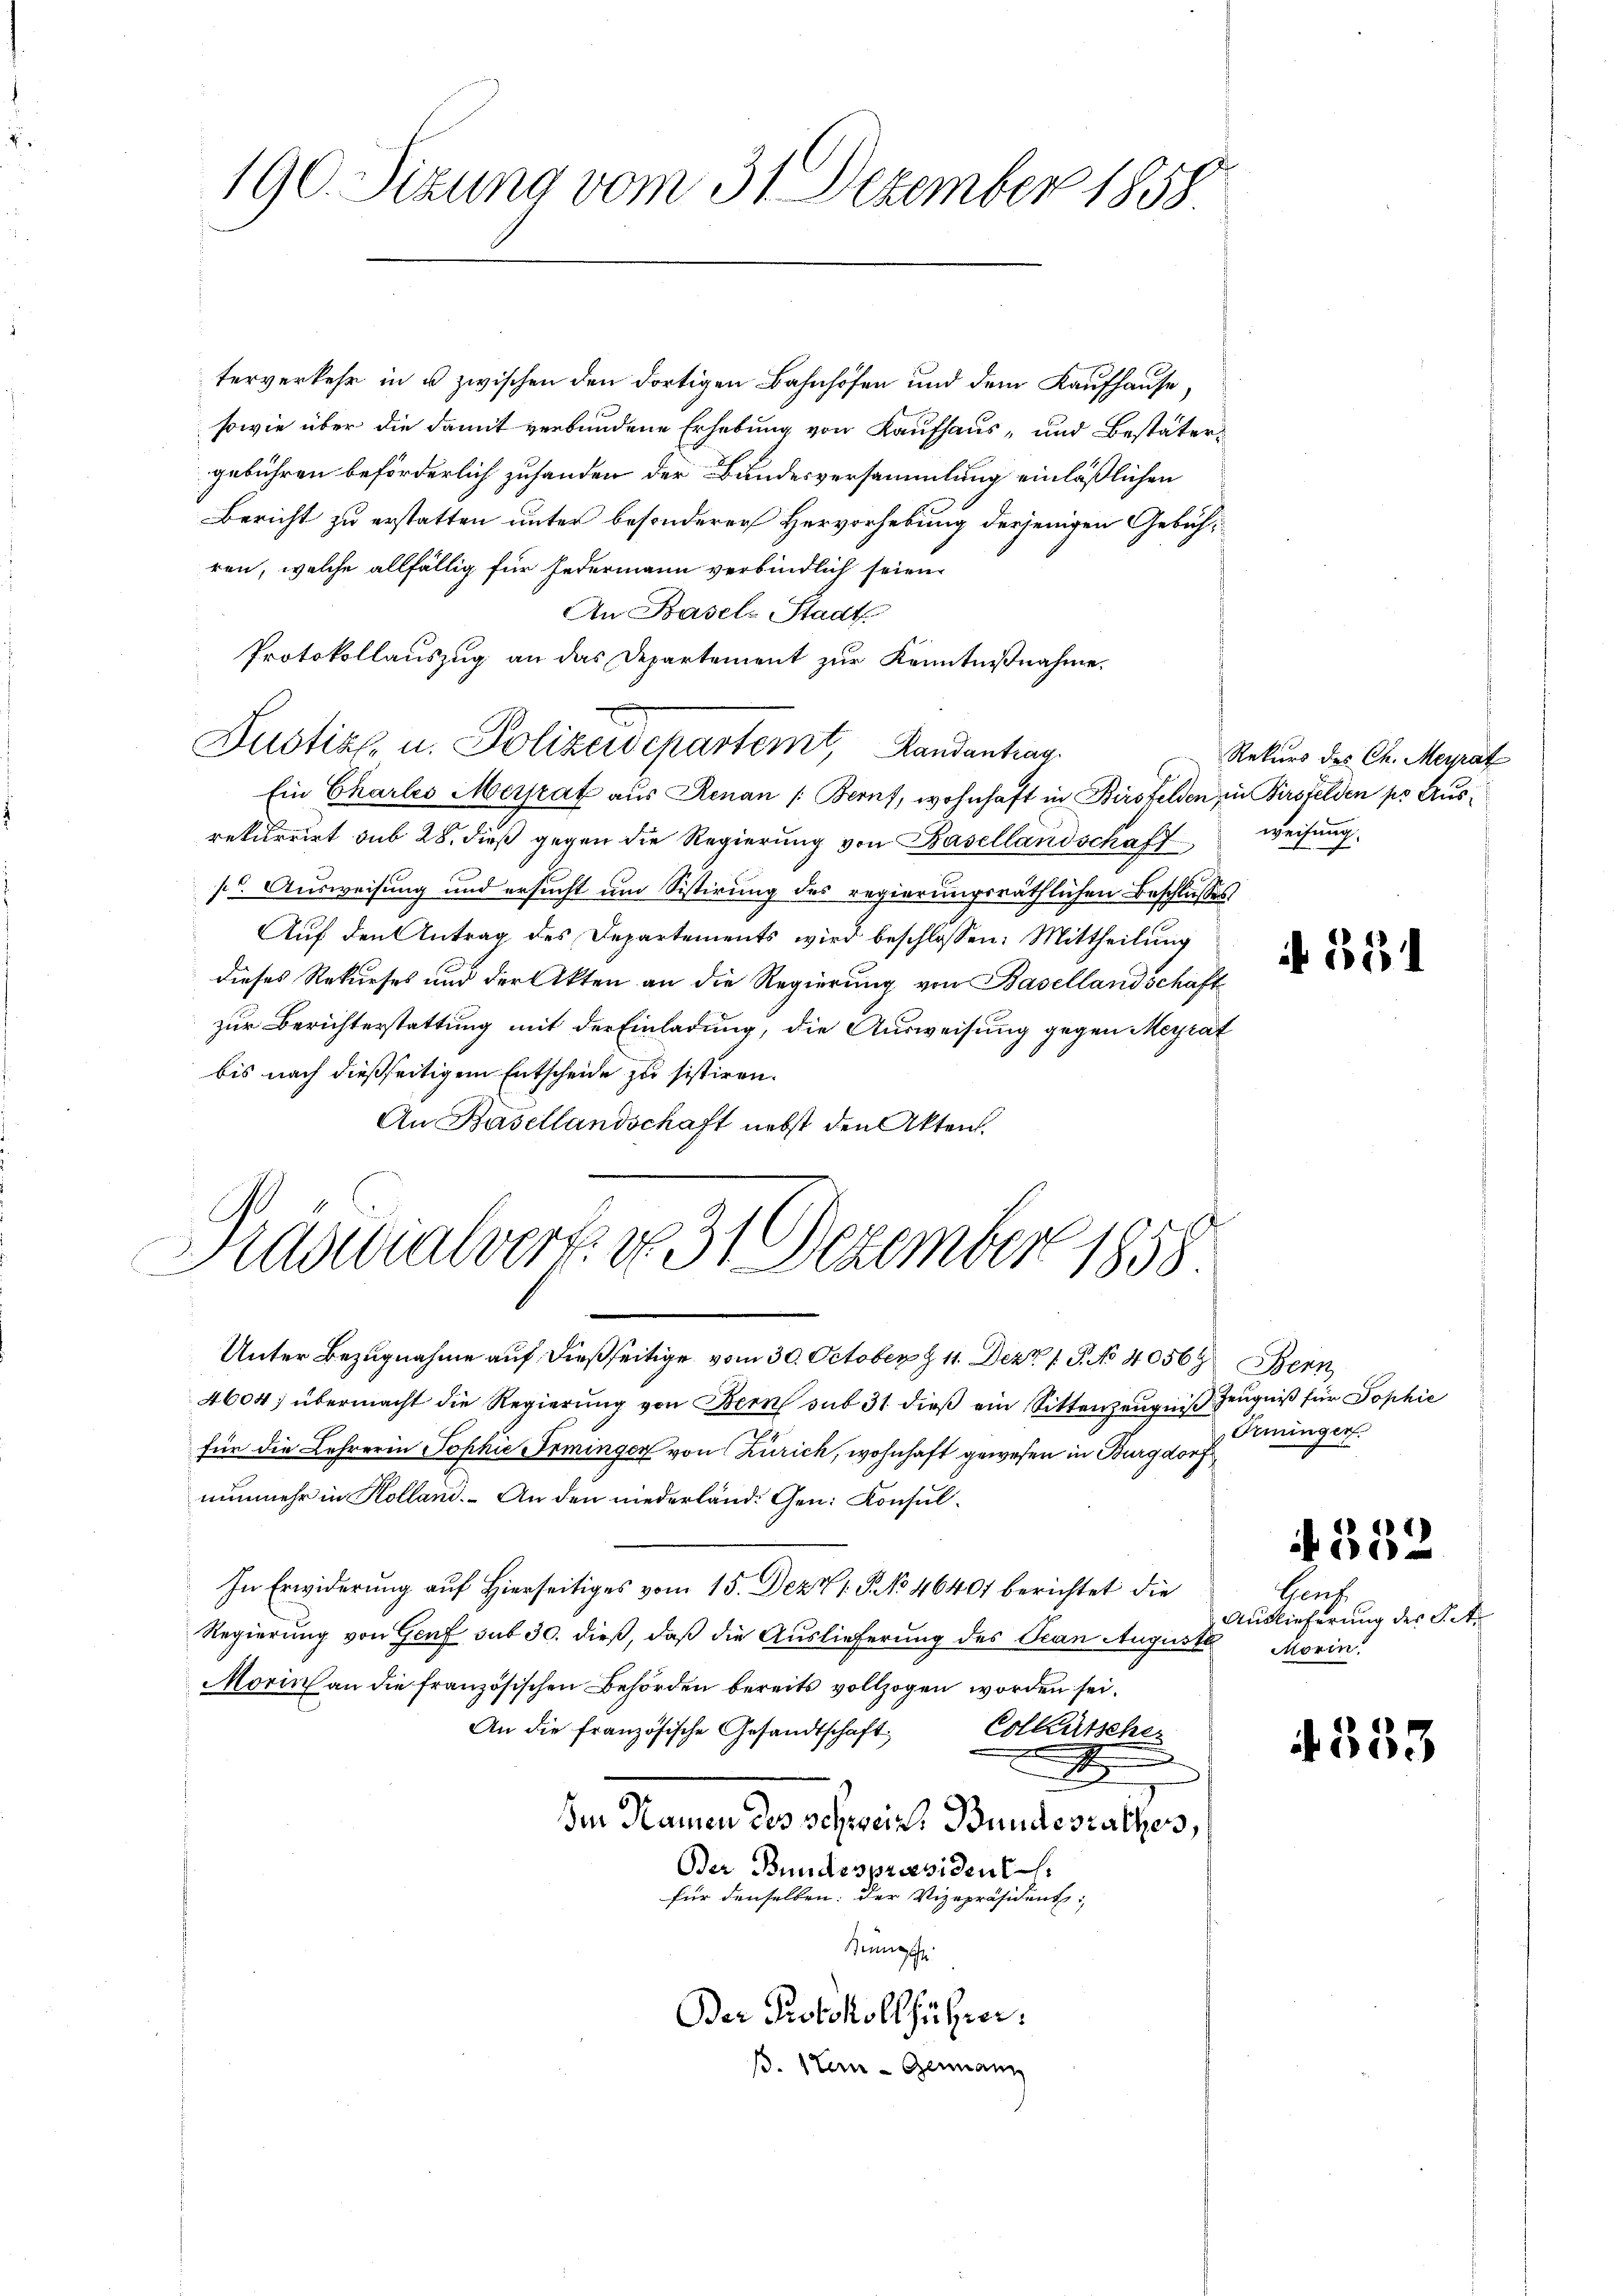
190. Sizung vom 31. Dezember 1858.

terverkehr in u zwischen den dortigen Bahnhöfen und dem Kaufhause,
sowie über die damit verbundene Erhebung von Kaufhaus- und Bestätergebühren beförderlich zuhanden der Bundesversammlung einläßlichen
Bericht zu erstatten unter besonderer Hervorhebung derjenigen Gebühren, welche allfällig für Federmann verbindlich seien
An Basel-Stadt
Protokollauszug an das Departement zur Kenntnißnahme.
Ein Chartes Merrat aus Renan /: Bern, wohnhaft in Birsfelden in Birsfelden pr Ausrekurrirt sub 28. dieß gegen die Regierŭng von Basellandschaft weisŭng.
p Ausweisung und ersucht um Sistirung des regierungsräthlichen Beschlusses
Auf den Antrag des Departements wird beschlossen: Mittheilung
dieses Rekurses und der Akten an die Regierung von Basellandschaft
zur Berichterstattung mit der Einladung, die Ausweisung gegen Meyrat
bis nach dießseitigem Entscheide zu sistiren.
An Basellandschaft nebst den Akten.
Präsidialverte, d. 31 Dezember 1858.
Unter Bezugnahme auf dießseitige vom 30. October z 11. Dez. 1. P. No 4056. Bern
4604; übermacht die Regierung von Bern sub 31 dieß ein Sittenzeugniß Zeugniß für Sophie
für die Lehrerin Sophie Irminger von Zürich, wohnhaft gewesen in Burgdorf
nunmehr in Kolland. - An den niederländ. Gen. Konsul¬
In Erwiderung auf Hierseitiges vom 15. Dez. 1. P. No 46401 berichtet die
Regierung von Genf sub 30. dieß, daß die Auslieferung des Tean Augusti
Morin an die französischen Behörden bereits vollzogen worden sei.
An die französische Gesandtschaft: Colkutscher
.
t
Ien Namen des Schweiz. Bundesrathes,
Der Bundespräsident.
für denselben: Der Vizepräsident;
Steingehe
Der Protokollführen.
B. Stern - Genann

Dustiz- u. Polizeidepartemt, Randantrag

Rekurs des Ch. Meyrat

551

Orninger

552

Gers
Auslieferung des S. Ar
Morin

f. 535